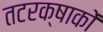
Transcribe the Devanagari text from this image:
तटरक्षाकों